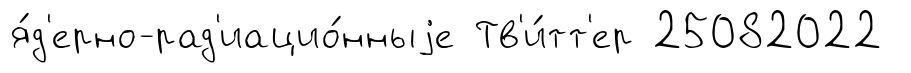
я́д'ерно-рад'иацио́нныjе Тв'и́тт'ер 25082022